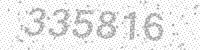
Solution: 335816